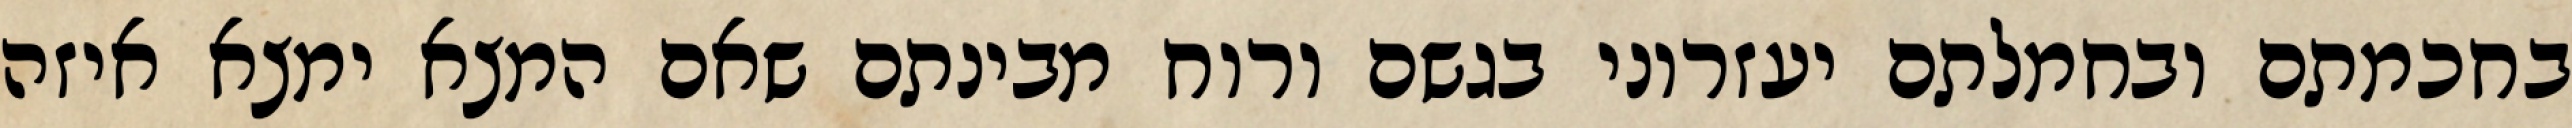
בחכמתם ובחמלתם יעזרוני בגשם ורוח מבינתם שאם המצא ימצא איזה